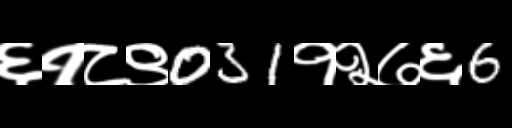
Text: ६१८९031१२७६6